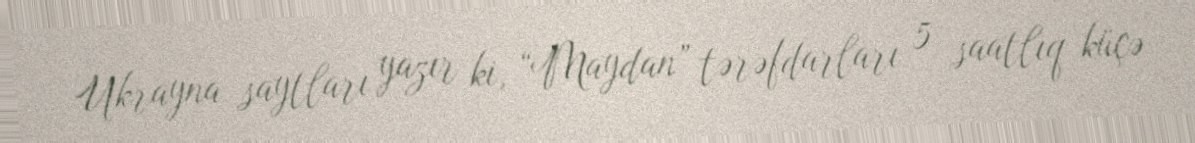
Ukrayna saytları yazır ki, “Maydan” tərəfdarları 5 saatlıq küçə